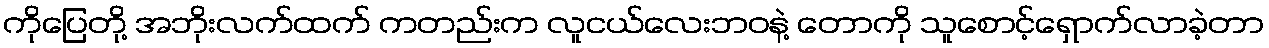
ကိုပြေတို့ အဘိုးလက်ထက် ကတည်းက လူငယ်လေးဘဝနဲ့ တောကို သူစောင့်ရှောက်လာခဲ့တာ